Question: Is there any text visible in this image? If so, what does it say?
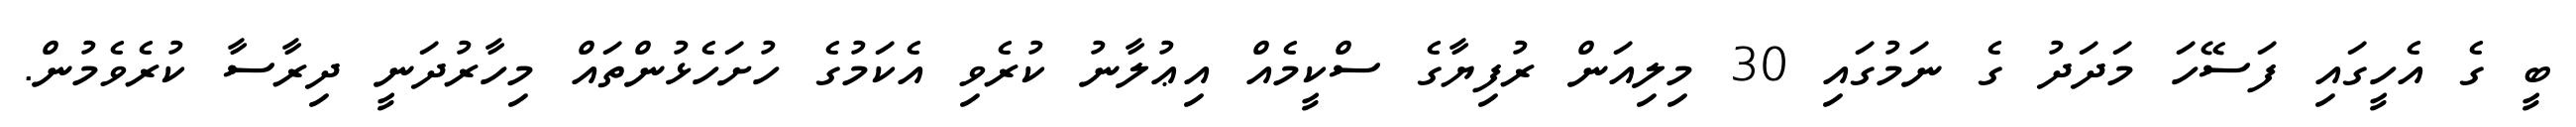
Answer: ބީ ގެ އެހީގައި ފަސޭހަ މަދަދު ގެ ނަމުގައި 30 މިލިއަން ރުފިޔާގެ ސްކީމެއް އިޢުލާނު ކުރެވި އެކަމުގެ ހުށަހެޅުންތައް މިހާރުދަނީ ދިރާސާ ކުރެވެމުން.